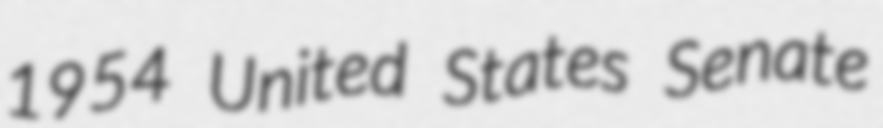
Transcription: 1954 United States Senate